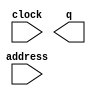
// megafunction wizard: %ROM: 1-PORT%VBB%
// GENERATION: STANDARD
// VERSION: WM1.0
// MODULE: altsyncram 

// ============================================================
// Megafunction Name(s):
// 			altsyncram
//
// Simulation Library Files(s):
// 			altera_mf
// ============================================================
// ************************************************************
// THIS IS A WIZARD-GENERATED FILE. DO NOT EDIT THIS FILE!
//
// 14.0.0 Build 200 06/17/2014 SJ Web Edition
// ************************************************************

//Copyright (C) 1991-2014 Altera Corporation. All rights reserved.
//Your use of Altera Corporation's design tools, logic functions 
//and other software and tools, and its AMPP partner logic 
//functions, and any output files from any of the foregoing 
//(including device programming or simulation files), and any 
//associated documentation or information are expressly subject 
//to the terms and conditions of the Altera Program License 
//Subscription Agreement, the Altera Quartus II License Agreement,
//the Altera MegaCore Function License Agreement, or other 
//applicable license agreement, including, without limitation, 
//that your use is for the sole purpose of programming logic 
//devices manufactured by Altera and sold by Altera or its 
//authorized distributors.  Please refer to the applicable 
//agreement for further details.

module poolcue0 (
	address,
	clock,
	q);

	input	[6:0]  address;
	input	  clock;
	output	[3:0]  q;
`ifndef ALTERA_RESERVED_QIS
// synopsys translate_off
`endif
	tri1	  clock;
`ifndef ALTERA_RESERVED_QIS
// synopsys translate_on
`endif

endmodule

// ============================================================
// CNX file retrieval info
// ============================================================
// Retrieval info: PRIVATE: ADDRESSSTALL_A NUMERIC "0"
// Retrieval info: PRIVATE: AclrAddr NUMERIC "0"
// Retrieval info: PRIVATE: AclrByte NUMERIC "0"
// Retrieval info: PRIVATE: AclrOutput NUMERIC "0"
// Retrieval info: PRIVATE: BYTE_ENABLE NUMERIC "0"
// Retrieval info: PRIVATE: BYTE_SIZE NUMERIC "8"
// Retrieval info: PRIVATE: BlankMemory NUMERIC "0"
// Retrieval info: PRIVATE: CLOCK_ENABLE_INPUT_A NUMERIC "0"
// Retrieval info: PRIVATE: CLOCK_ENABLE_OUTPUT_A NUMERIC "0"
// Retrieval info: PRIVATE: Clken NUMERIC "0"
// Retrieval info: PRIVATE: IMPLEMENT_IN_LES NUMERIC "0"
// Retrieval info: PRIVATE: INIT_FILE_LAYOUT STRING "PORT_A"
// Retrieval info: PRIVATE: INIT_TO_SIM_X NUMERIC "0"
// Retrieval info: PRIVATE: INTENDED_DEVICE_FAMILY STRING "Cyclone IV E"
// Retrieval info: PRIVATE: JTAG_ENABLED NUMERIC "1"
// Retrieval info: PRIVATE: JTAG_ID STRING "0d"
// Retrieval info: PRIVATE: MAXIMUM_DEPTH NUMERIC "0"
// Retrieval info: PRIVATE: MIFfilename STRING "../colorMap/colorMap/poolcue0.hex"
// Retrieval info: PRIVATE: NUMWORDS_A NUMERIC "105"
// Retrieval info: PRIVATE: RAM_BLOCK_TYPE NUMERIC "0"
// Retrieval info: PRIVATE: RegAddr NUMERIC "1"
// Retrieval info: PRIVATE: RegOutput NUMERIC "1"
// Retrieval info: PRIVATE: SYNTH_WRAPPER_GEN_POSTFIX STRING "0"
// Retrieval info: PRIVATE: SingleClock NUMERIC "1"
// Retrieval info: PRIVATE: UseDQRAM NUMERIC "0"
// Retrieval info: PRIVATE: WidthAddr NUMERIC "7"
// Retrieval info: PRIVATE: WidthData NUMERIC "4"
// Retrieval info: PRIVATE: rden NUMERIC "0"
// Retrieval info: LIBRARY: altera_mf altera_mf.altera_mf_components.all
// Retrieval info: CONSTANT: ADDRESS_ACLR_A STRING "NONE"
// Retrieval info: CONSTANT: CLOCK_ENABLE_INPUT_A STRING "BYPASS"
// Retrieval info: CONSTANT: CLOCK_ENABLE_OUTPUT_A STRING "BYPASS"
// Retrieval info: CONSTANT: INIT_FILE STRING "../colorMap/colorMap/poolcue0.hex"
// Retrieval info: CONSTANT: INTENDED_DEVICE_FAMILY STRING "Cyclone IV E"
// Retrieval info: CONSTANT: LPM_HINT STRING "ENABLE_RUNTIME_MOD=YES,INSTANCE_NAME=0d"
// Retrieval info: CONSTANT: LPM_TYPE STRING "altsyncram"
// Retrieval info: CONSTANT: NUMWORDS_A NUMERIC "105"
// Retrieval info: CONSTANT: OPERATION_MODE STRING "ROM"
// Retrieval info: CONSTANT: OUTDATA_ACLR_A STRING "NONE"
// Retrieval info: CONSTANT: OUTDATA_REG_A STRING "CLOCK0"
// Retrieval info: CONSTANT: WIDTHAD_A NUMERIC "7"
// Retrieval info: CONSTANT: WIDTH_A NUMERIC "4"
// Retrieval info: CONSTANT: WIDTH_BYTEENA_A NUMERIC "1"
// Retrieval info: USED_PORT: address 0 0 7 0 INPUT NODEFVAL "address[6..0]"
// Retrieval info: USED_PORT: clock 0 0 0 0 INPUT VCC "clock"
// Retrieval info: USED_PORT: q 0 0 4 0 OUTPUT NODEFVAL "q[3..0]"
// Retrieval info: CONNECT: @address_a 0 0 7 0 address 0 0 7 0
// Retrieval info: CONNECT: @clock0 0 0 0 0 clock 0 0 0 0
// Retrieval info: CONNECT: q 0 0 4 0 @q_a 0 0 4 0
// Retrieval info: GEN_FILE: TYPE_NORMAL poolcue0.v TRUE
// Retrieval info: GEN_FILE: TYPE_NORMAL poolcue0.inc FALSE
// Retrieval info: GEN_FILE: TYPE_NORMAL poolcue0.cmp FALSE
// Retrieval info: GEN_FILE: TYPE_NORMAL poolcue0.bsf FALSE
// Retrieval info: GEN_FILE: TYPE_NORMAL poolcue0_inst.v FALSE
// Retrieval info: GEN_FILE: TYPE_NORMAL poolcue0_bb.v TRUE
// Retrieval info: LIB_FILE: altera_mf